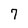
Character: 7